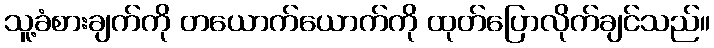
သူ့ခံစားချက်ကို တယောက်ယောက်ကို ထုတ်ပြောလိုက်ချင်သည်။